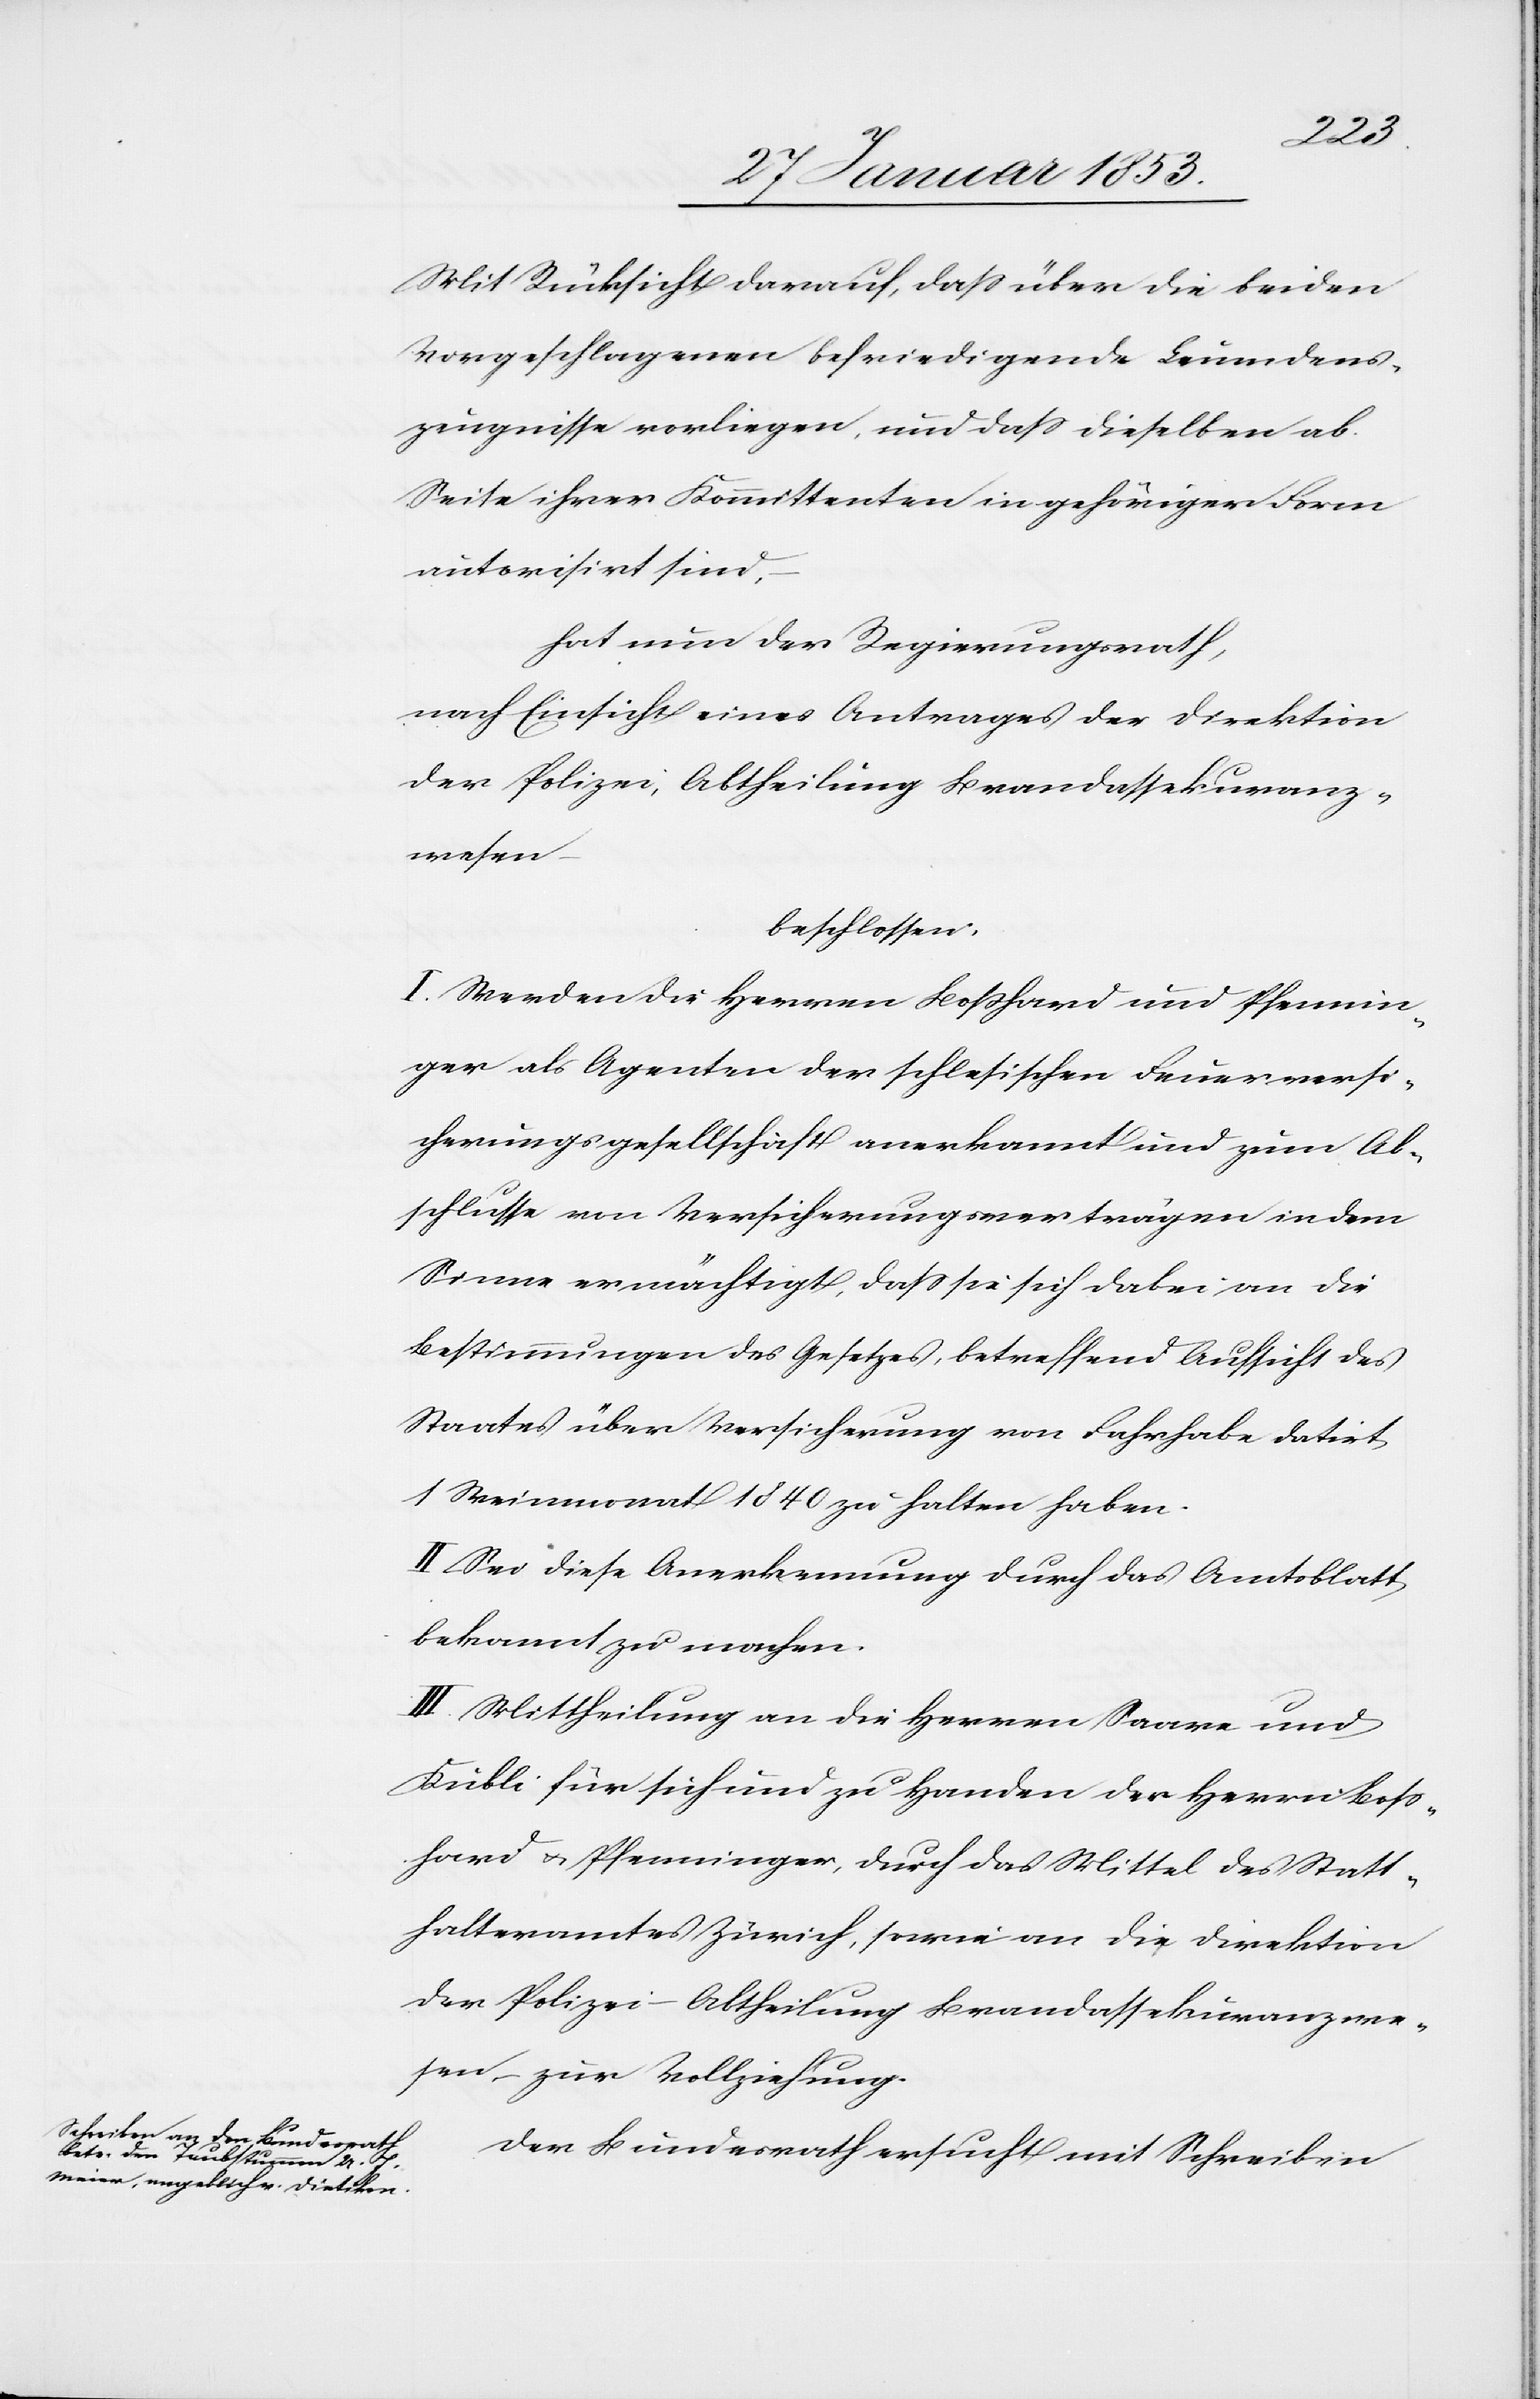
Polizei,
Mit Rücksicht darauf, daß über die beiden
Vorgeschlagenen befriedigende Leumdens¬
zeugnisse vorliegen, und daß dieselben ab
Seite ihrer Komittenten in gehöriger Form
autorisirt sind.
Hat nun der Regierungsrath,
nach Einsicht eines Antrages der Direktion
beschlossen.
I. Werden die Herren Boßhard und Pfennin¬
ger als Agenten der schlesischen Feuerversi¬
cherungsgesellschaft anerkannt und zum Ab¬
schlusse von Versicherungsverträgen in dem
Sinne ermächtigt, daß sie sich dabei an die
Bestimmungen des Gesetzes, betreffend Aussicht des
Staates über Versicherung von Fahrhabe datirt,
1 Weinmonat 1840 zu halten haben.
II. Sei diese Anerkennung durch das Amtsblatt
bekannt zu machen.
III. Mittheilung an die Herren Saarne und
Kübli für sich und zu Handen der Herren Boß¬
hard u. Pfenninger, durch das Mittel des Statt¬
halteramtes Zürich, sowie an die Direktion
der Polizei – Abtheilung Brandassekuranzwe¬
sen – zur Vollziehung.
Der Bundesrath ersucht mit Schreiben